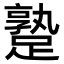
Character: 𨄡